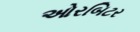
ઓરબિટર